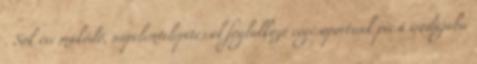
. Sok éve működő, napelemtelepítéssel foglalkozó cégcsoportunk pécsi irodájába